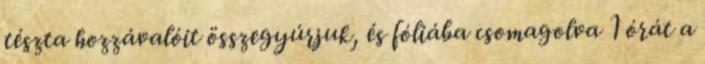
tészta hozzávalóit összegyúrjuk, és fóliába csomagolva 1 órát a